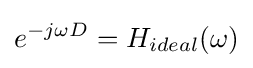
e^{-j\omega D}=H_{ideal}(\omega )